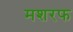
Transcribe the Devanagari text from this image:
मशरफ